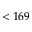
< 1 6 9